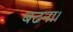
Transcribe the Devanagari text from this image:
बढना।